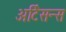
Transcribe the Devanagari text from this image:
अर्टिसन्स